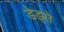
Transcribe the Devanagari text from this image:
डेड्से